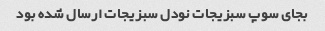
بجای سوپ سبزیجات نودل سبزیجات ارسال شده بود